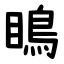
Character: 瞗